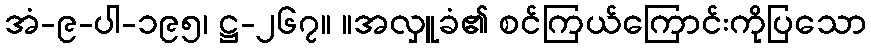
အံ-၉-ပါ-၁၉၅၊ ဋ္ဌ-၂၆၇။ ။အလှူခံ၏ စင်ကြယ်ကြောင်းကိုပြသော